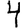
Digit: 4